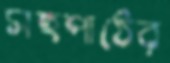
সহপাঠের